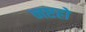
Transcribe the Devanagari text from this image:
नष्टहो